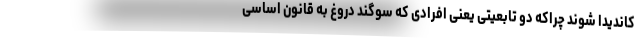
کاندیدا شوند چراکه دو تابعیتی یعنی افرادی که سوگند دروغ به قانون اساسی